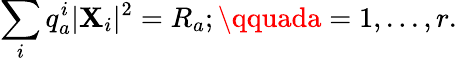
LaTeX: \sum_{i}q_{a}^{i}|\mathbf{X}_{i}|^{2}=R_{a};\qquada=1,...,r.